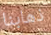
ذهابنا